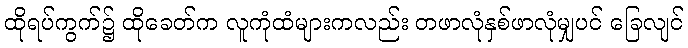
ထိုရပ်ကွက်၌ ထိုခေတ်က လူကုံထံများကလည်း တဖာလုံနှစ်ဖာလုံမျှပင် ခြေလျင်